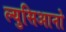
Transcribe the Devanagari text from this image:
ल्युसिआनो